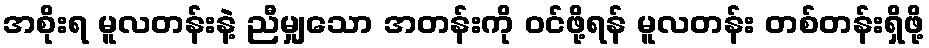
အစိုးရ မူလတန်းနဲ့ ညီမျှသော အတန်းကို ဝင်ဖို့ရန် မူလတန်း တစ်တန်းရှိဖို့